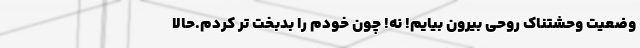
وضعیت وحشتناک روحی بیرون بیایم! نه! چون خودم را بدبخت تر کردم.حالا